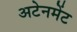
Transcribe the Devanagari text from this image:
अटेनमेंट